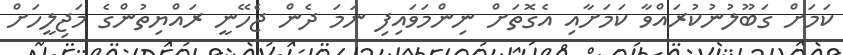
ކަމަށް ގަބޫލުނުކުރައްވާ ކަމަށާއި އެގޮތަށް ނިންމަވައިފި ނަމަ ދެން ޖެހޭނީ ރައްޔިތުންގެ މަޖިލީހަށް